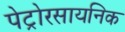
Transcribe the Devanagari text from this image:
पेट्रोरसायनिक